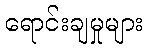
ရောင်းချမှုများ